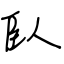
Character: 臥